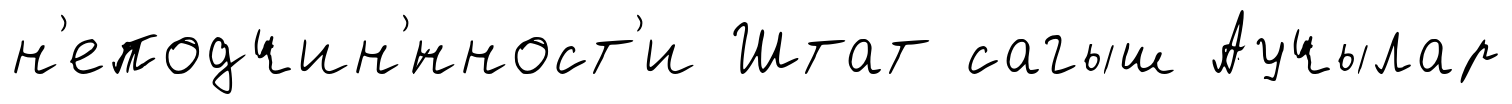
н'еподчин'́нност'и Штат сагыш Аучылар